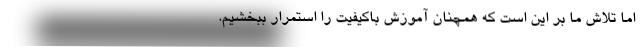
اما تلاش ما بر این است که همچنان آموزش باکیفیت را استمرار ببخشیم.